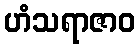
ဟံသရာဇာဝ